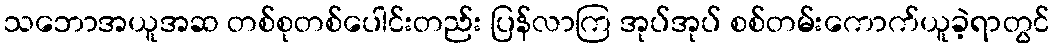
သဘောအယူအဆ တစ်စုတစ်ပေါင်းတည်း ပြန်လာကြ အုပ်အုပ် စစ်တမ်းကောက်ယူခဲ့ရာတွင်